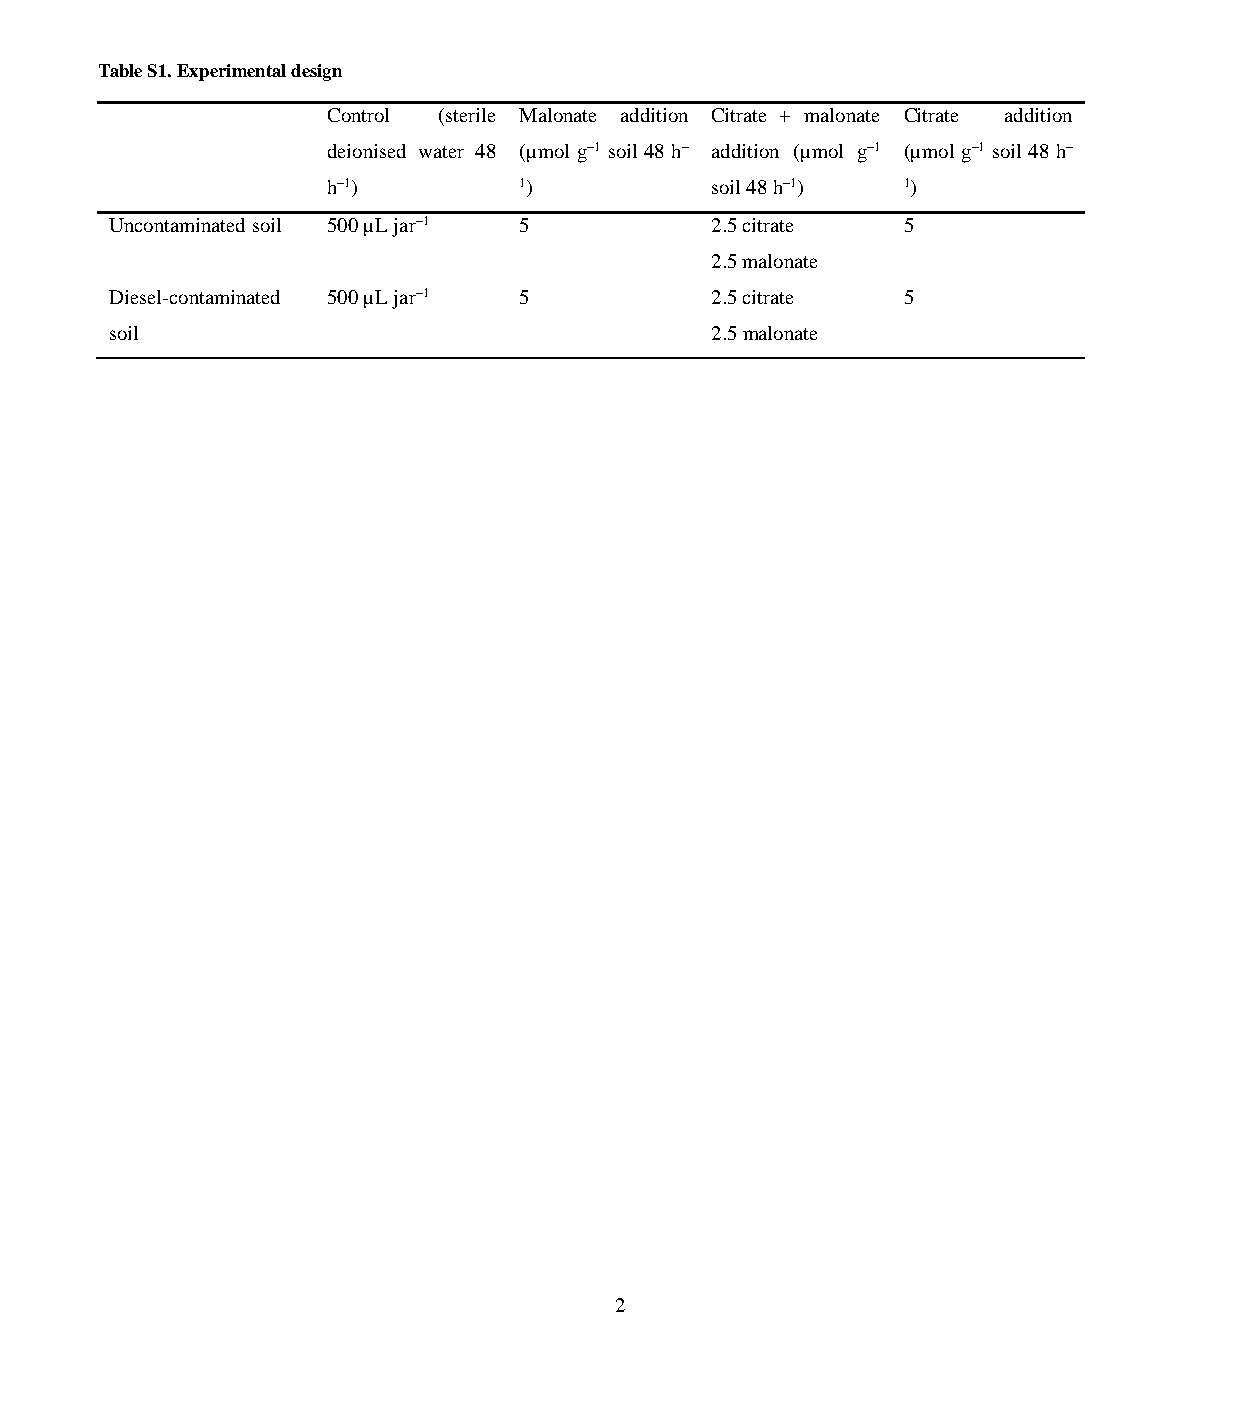
Table S1. Experimental design
 Control (sterile Malonate addition Citrate + malonate Citrate addition
 deionised water 48 (µmol g–1 soil 48 h– addition (µmol g–1 (µmol g–1 soil 48 h–
 h–1)        1)           soil 48 h–1) 1)
 Uncontaminated soil 500 µL jar–1 5      2.5 citrate  5
 2.5 malonate
 Diesel-contaminated 500 µL jar–1 5      2.5 citrate  5
 soil                                    2.5 malonate
 2